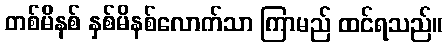
တစ်မိနစ် နှစ်မိနစ်လောက်သာ ကြာမည် ထင်ရသည်။